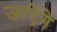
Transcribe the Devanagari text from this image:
जाऐंगे